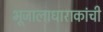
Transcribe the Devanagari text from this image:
भूजालाधाराकांची